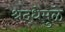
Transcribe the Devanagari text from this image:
श्रद्धेमुळे